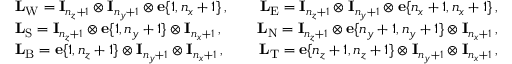
\begin{array} { r l r } & { \mathbf L _ { \mathrm { W } } = \mathbf I _ { n _ { z } + 1 } \otimes \mathbf I _ { n _ { y } + 1 } \otimes \mathbf e \{ 1 , n _ { x } + 1 \} \, , \quad } & { \mathbf L _ { \mathrm { E } } = \mathbf I _ { n _ { z } + 1 } \otimes \mathbf I _ { n _ { y } + 1 } \otimes \mathbf e \{ n _ { x } + 1 , n _ { x } + 1 \} \, , } \\ & { \mathbf L _ { \mathrm { S } } = \mathbf I _ { n _ { z } + 1 } \otimes \mathbf e \{ 1 , n _ { y } + 1 \} \otimes \mathbf I _ { n _ { x } + 1 } \, , \quad } & { \mathbf L _ { \mathrm { N } } = \mathbf I _ { n _ { z } + 1 } \otimes \mathbf e \{ n _ { y } + 1 , n _ { y } + 1 \} \otimes \mathbf I _ { n _ { x } + 1 } \, , } \\ & { \mathbf L _ { \mathrm { B } } = \mathbf e \{ 1 , n _ { z } + 1 \} \otimes \mathbf I _ { n _ { y } + 1 } \otimes \mathbf I _ { n _ { x } + 1 } \, , \quad } & { \mathbf L _ { \mathrm { T } } = \mathbf e \{ n _ { z } + 1 , n _ { z } + 1 \} \otimes \mathbf I _ { n _ { y } + 1 } \otimes \mathbf I _ { n _ { x } + 1 } \, , } \end{array}